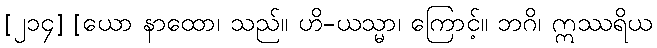
[၂၁၄] [ယော နာထော၊ သည်။ ဟိ-ယသ္မာ၊ ကြောင့်။ ဘဂိ၊ ဣဿရိယ